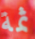
ثمة